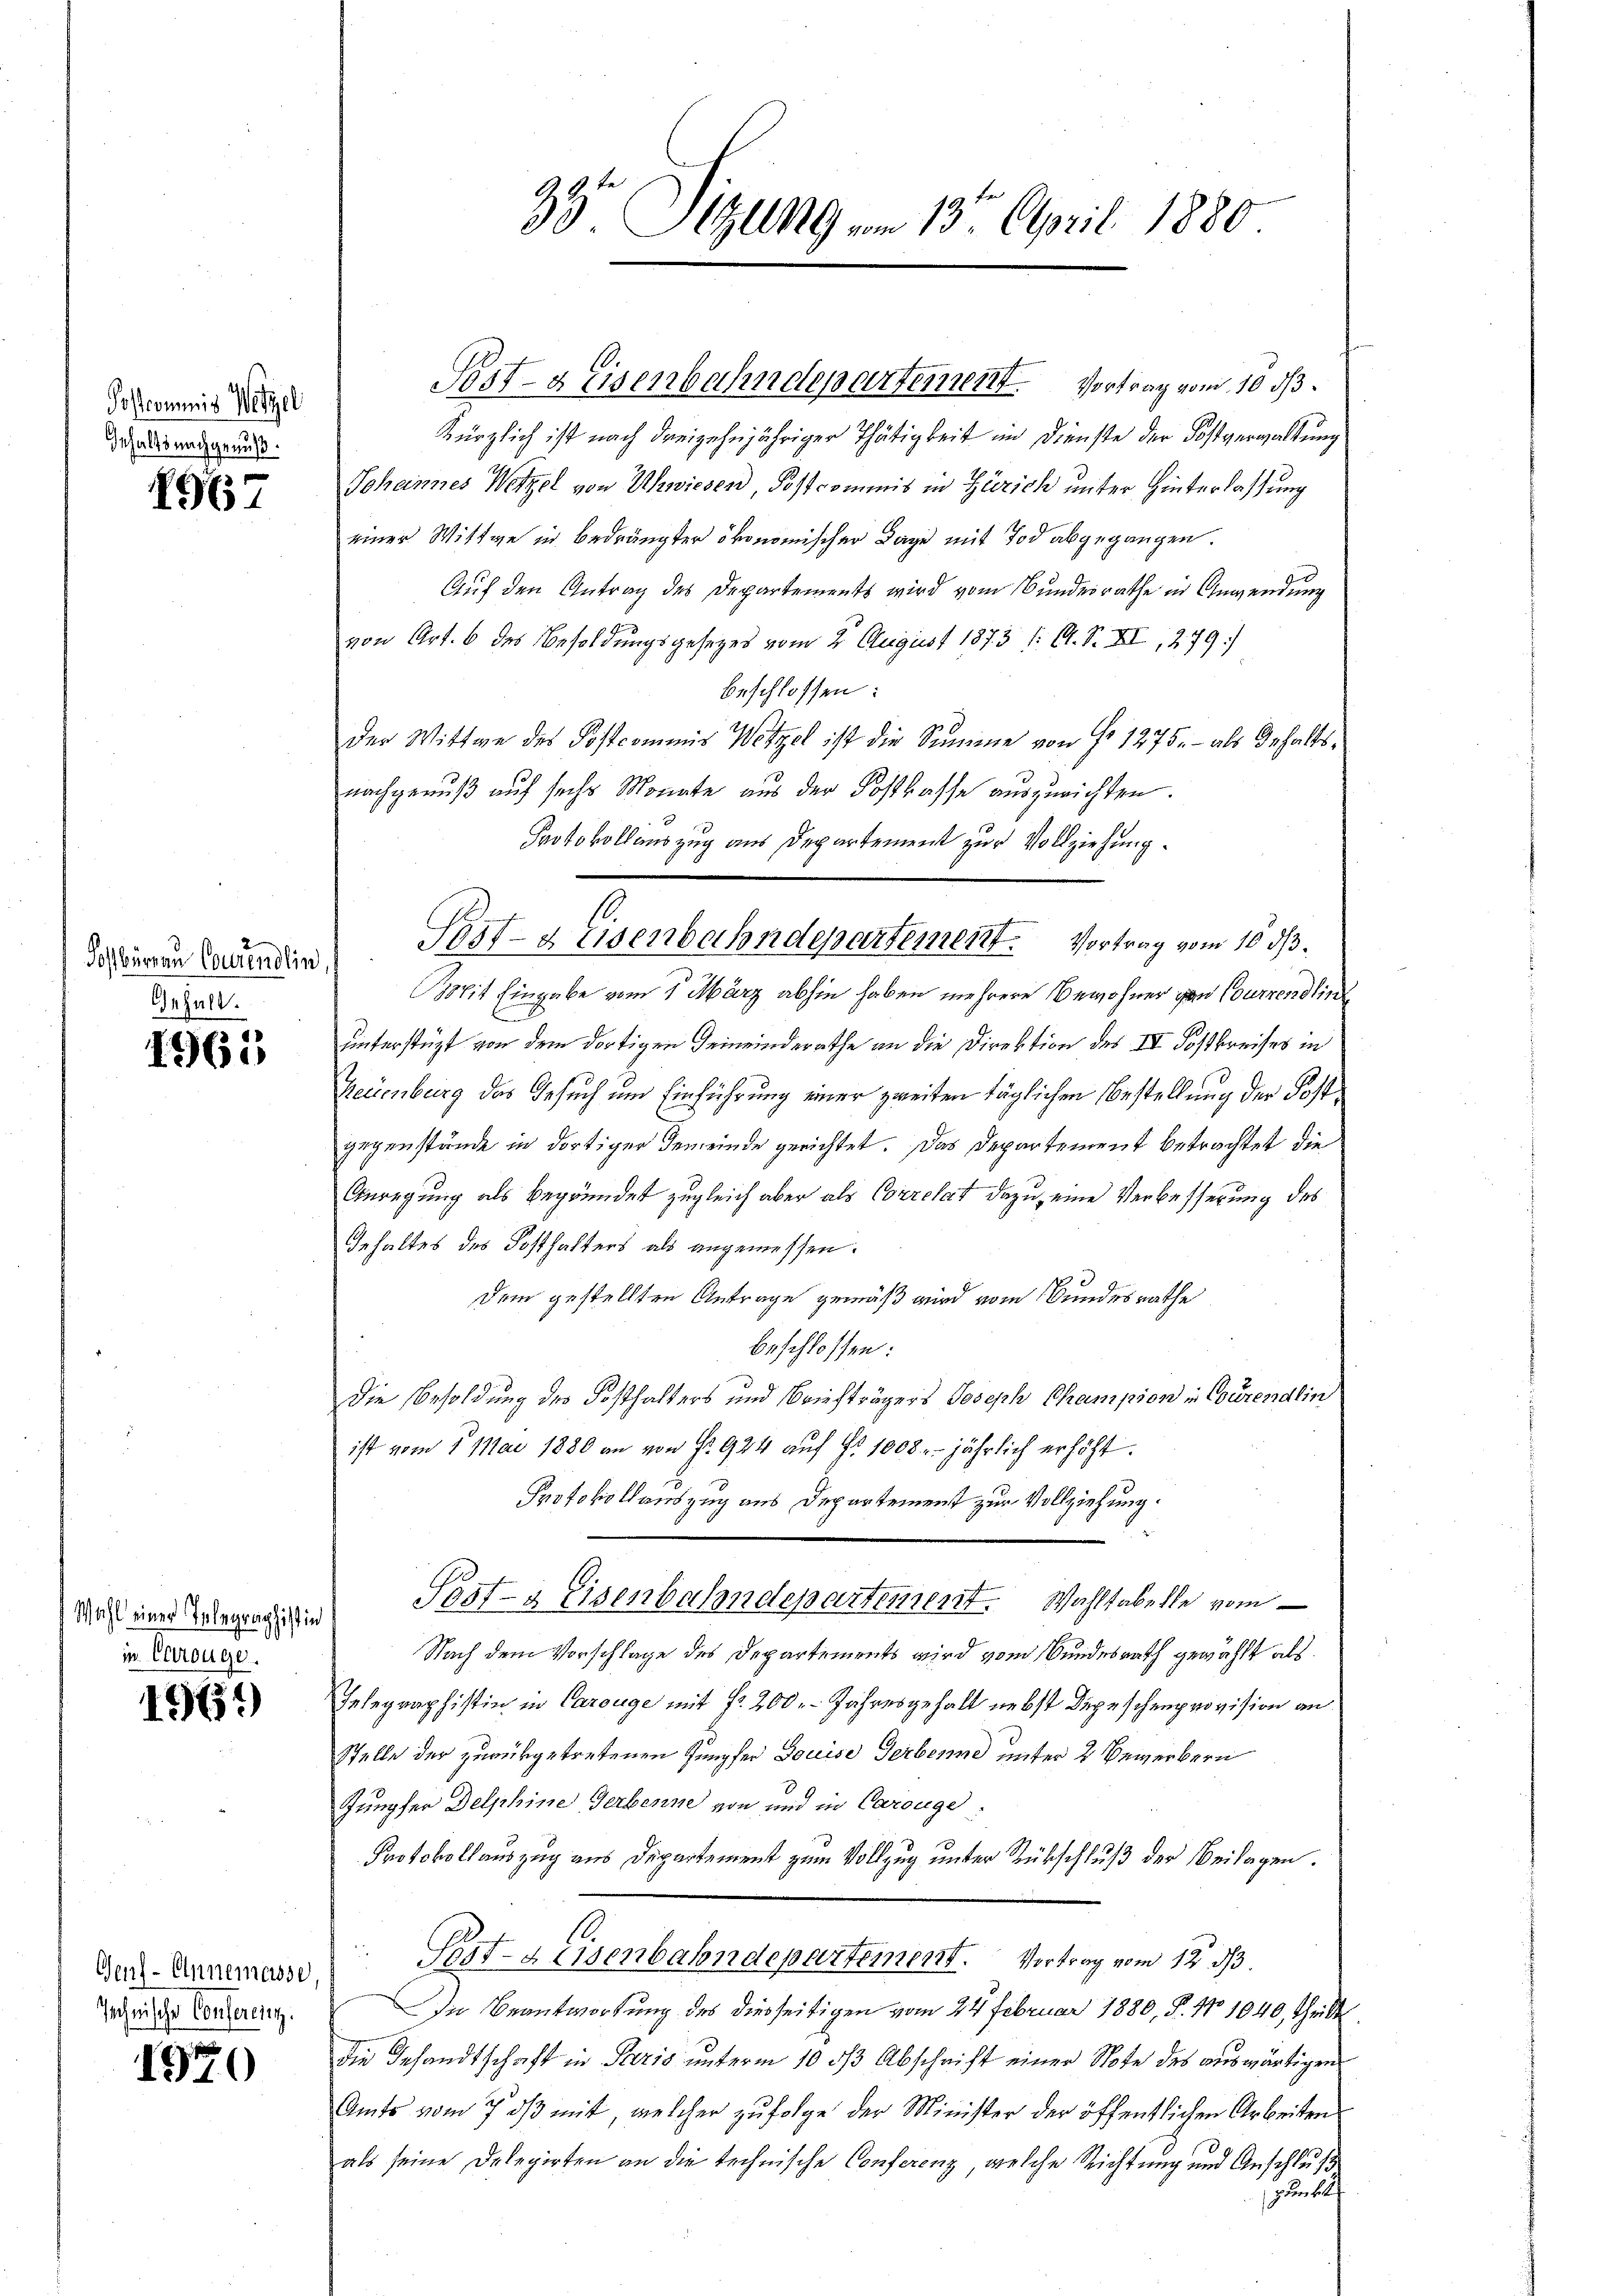
Postcommis Wetzgel
Gehalts nachgenuß.

1967

Posbürgen Courendlin
Gehalt.

1965

Wahl einer Telegraphistin
in Carouge.

1969

Gent-Ennemasse
Jechnische Conferein.

1920

39 Sizung vom 13. April 1880

kürzlich ist nach dreizehnjähriger Thätigkeit im Dienste der Fostverwaltung
Johannes Wetzel von Uhwiesen, Postcommis in Zürich unter Hinterlassung
einer Wittwe in Bedrängter ökonomischen Tage mit Tod abgegangen.
Auf den Antrag des Departements wird vom Bundesrathe in Anwendung
von Art. 6 des Besoldungsgesezes vom 2. August 1873 /: A. S. XI, 279.
beschlossen:
Der Wittwe des Postcommis Wetzel ist die Summe von fr. 1275. - als Gehaltsnachgenuß auf sechs Monate aus der Kostkasse auszurichten.
Protokollauszug aus Departement zur Vollziehung.
Mit Eingabe vom 1. März abhin haben mehrere Bewohner von Currendlin
unterstüzt von dem dortigen Gemeinderathe an die Direktion des IV Sostbreises in
Neuenburg das Gesuch um Einführung einer zweiten täglichen Bestellung der Postgegenstände in dortiger Gemeinde gerichtet. Das Departement betrachtet die
Anregung als begründet zugleich aber als Correlat dazu, eine Verbesserung des
Gehaltes des Kosthalters als angemessen.
Dem gestellten Antrage gemäß wird vom Bundesrathe
beschlossen:
die Besoldung des Posthalters und Briefträgers Joseph Champion in Courendlin
ist vom 1. Mai 1880 an von fr. 924 aŭf Fr. 1008 jährlich erhöht.
Protokollauszug aus Departement zur Vollziehung.
Post- & Eisenbahndepartement. Wahltabelle vom
Nach dem Vorschlage des Departements wird vom Bundesrath gewählt als
Gelegraphistin in Carouge mit Fr. 200. Jahresgehalt nebst Depeschenprovision an
stelle der zurükgetretenen Jungfer Louise Gerbenne unter 2 Bewerbern
Jungfer Delphine Gerbenne von und in Carouge.
Protokollauszug aus Departement zum Vollzug unter Rückschluß der Beilagen.
s
Sest-Keisenbahndepartement. Vortrag vom 12. ds
In Beantwortung des diesseitigen vom 24. Februar 1880, P. No 1040, Theilt
die Gesandtschaft in Paris unterm 10. ds Abschrift einer Note des auswärtigen
Amts vom 7. dβ mit, welcher zufolge der Minister der öffentlichen Arbeiten
als seine Delegirten an die technische Conferenz, welche Richtung und Anschluß
Junkelt

Post- & Eisenbahndepartement. Vortrag vom 10 d

Post- & Eisenbahndepartement. Vortrag vom 10. ds.